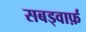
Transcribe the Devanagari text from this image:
सबड्वार्फ़